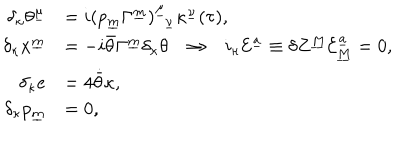
\begin{array} { r l } { { \delta _ { \kappa } \theta ^ { \underline { { { \mu } } } } } } & { { = i ( p _ { \underline { { m } } } \Gamma ^ { \underline { { m } } } ) _ { ~ ~ \underline { { { \nu } } } } ^ { \underline { { { \mu } } } } \kappa ^ { \underline { { { \nu } } } } ( \tau ) , } } \\ { { \delta _ { \kappa } x ^ { \underline { { { m } } } } } } & { { = - i \bar { \theta } \Gamma ^ { \underline { { { m } } } } \delta _ { \kappa } \theta \Rightarrow i _ { \kappa } { \cal E } ^ { \underline { { a } } } \equiv \delta Z ^ { \underline { { M } } } { \cal E } _ { \underline { { M } } } ^ { \underline { { a } } } = 0 , } } \\ { { \delta _ { \kappa } e } } & { { = 4 \dot { \bar { \theta } } \kappa , } } \\ { { \delta _ { \kappa } p _ { \underline { { m } } } } } & { { = 0 , } } \\ \end{array}